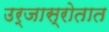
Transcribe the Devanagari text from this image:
उर्जास्रोतात